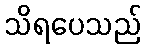
သိရပေသည်